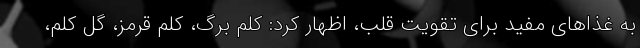
به غذاهای مفید برای تقویت قلب، اظهار کرد: کلم برگ، کلم قرمز، گل کلم،